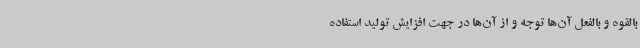
بالقوه و بالفعل آن‌ها توجه و از آن‌ها در جهت افزایش تولید استفاده